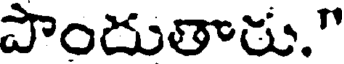
పొందుతారు."